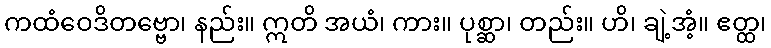
ကထံဝေဒိတဗ္ဗော၊ နည်း။ ဣတိ အယံ၊ ကား။ ပုစ္ဆာ၊ တည်း။ ဟိ၊ ချဲ့အံ့။ ဧတ္ထ၊